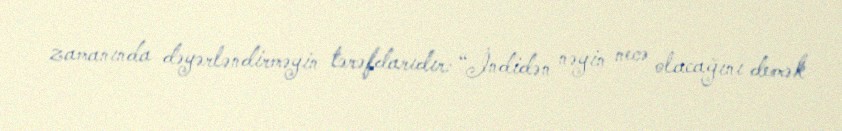
zamanında dəyərləndirməyin tərəfdarıdır: “İndidən nəyin necə olacağını demək